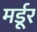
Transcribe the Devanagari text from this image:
मर्डूर